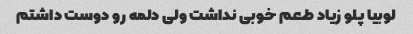
لوبیا پلو زیاد طعم خوبی نداشت ولی دلمه رو دوست داشتم